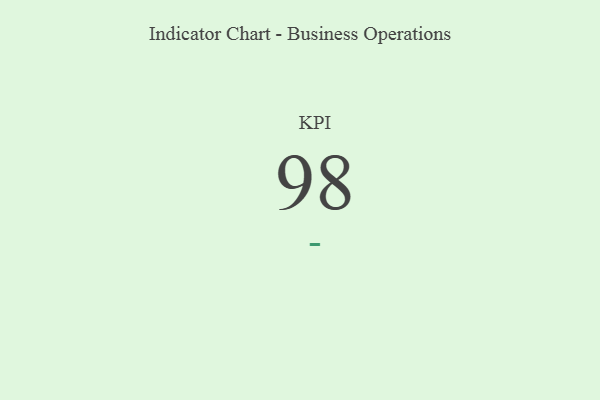
{"axis": {"x": "KPI", "y": "Value"}, "legend": [""], "data": [{"x": "KPI", "y": 98, "type": ""}]}